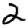
Digit: 2